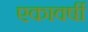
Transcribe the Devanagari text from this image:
एकावर्षी